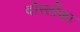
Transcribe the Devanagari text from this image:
दोस्तोंका